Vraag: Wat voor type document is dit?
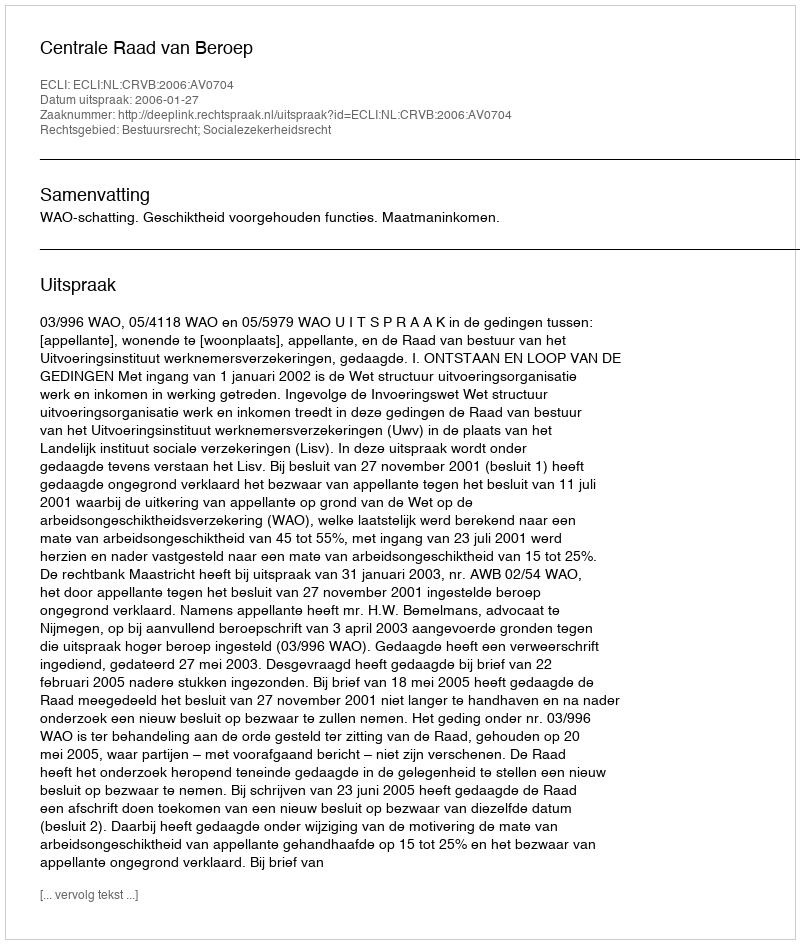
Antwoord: Uitspraak